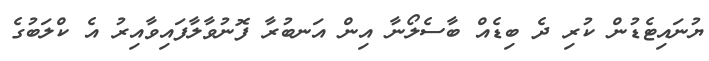
ޔުނައިޓެޑުން ކުރި ދެ ބިޑެއް ބާސެލޯނާ އިން އަނބުރާ ފޮނުވާލާފައިވާއިރު އެ ކްލަބުގެ